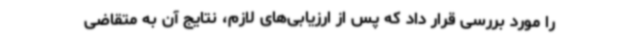
را مورد بررسی قرار داد که پس از ارزیابی‌های لازم، نتایج آن به متقاضی